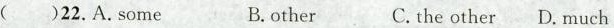
( )22.A.Some B.other C.the other D. Much